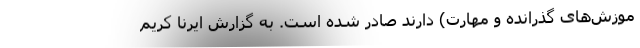
موزش‌های گذرانده و مهارت) دارند صادر شده است. به گزارش ایرنا کریم